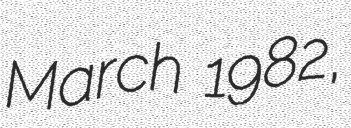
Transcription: March 1982,